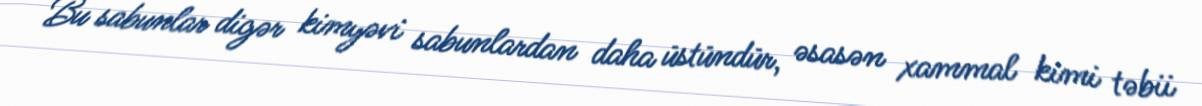
Bu sabunlar digər kimyəvi sabunlardan daha üstündür, əsasən xammal kimi təbii